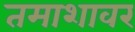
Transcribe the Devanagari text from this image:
तमाशावर